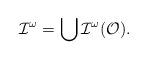
LaTeX: \begin{align*}{\cal I}^{\omega}=\bigcup{\cal I}^{\omega}({\cal O}).\end{align*}